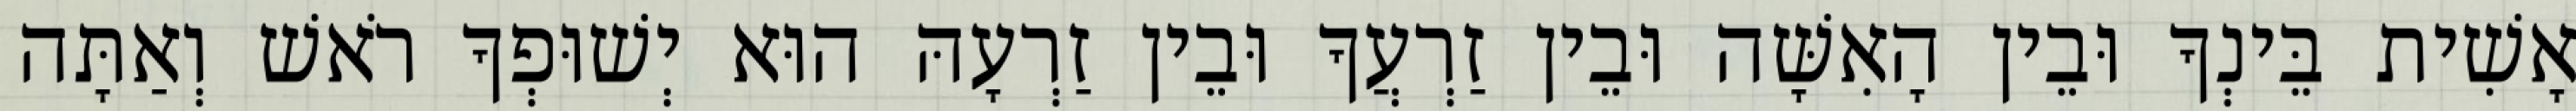
אָשִׁית בֵּינְךָ וּבֵין הָאִשָּׁה וּבֵין זַרְעֲךָ וּבֵין זַרְעָהּ הוּא יְשׁוּפְךָ רֹאשׁ וְאַתָּה